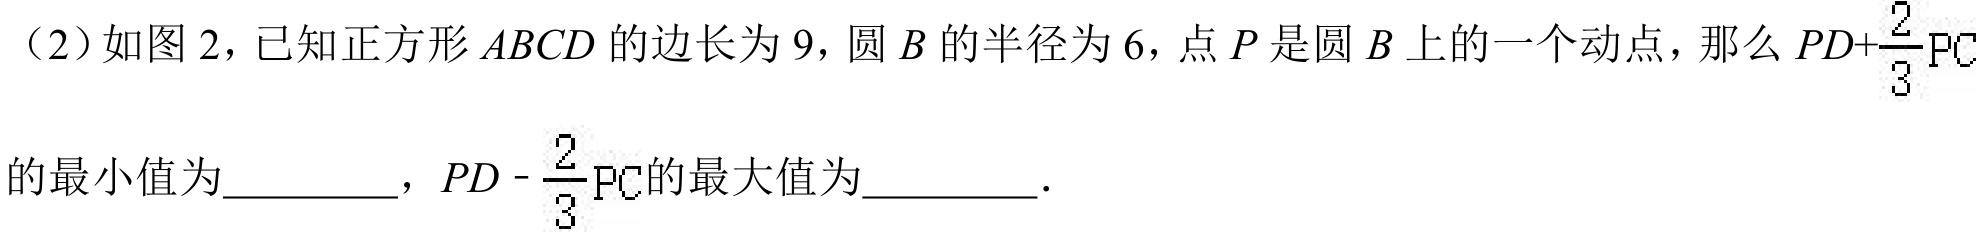
（2）如图 2，已知正方形 \(ABCD\) 的边长为 \(9\)，圆 \(B\) 的半径为 \(6\)，点 \(P\) 是圆 \(B\) 上的一个动点，那么 \(PD + \frac{2}{3}PC\) 的最小值为__________，\(PD-\frac{2}{3}PC\) 的最大值为__________．